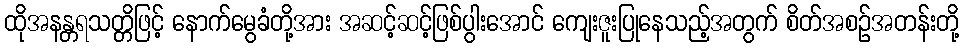
ထိုအနန္တရသတ္တိဖြင့် နောက်မွေခံတို့အား အဆင့်ဆင့်ဖြစ်ပွါးအောင် ကျေးဇူးပြုနေသည့်အတွက် စိတ်အစဉ်အတန်းတို့